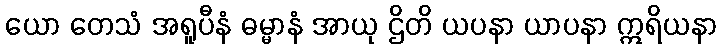
ယော တေသံ အရူပီနံ ဓမ္မာနံ အာယု ဌိတိ ယပနာ ယာပနာ ဣရိယနာ